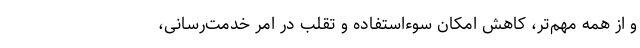
و از همه مهم‌تر، کاهش امکان سوء‌استفاده و تقلب در امر خدمت‌رسانی،